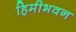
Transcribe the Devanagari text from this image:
हिमीभवन